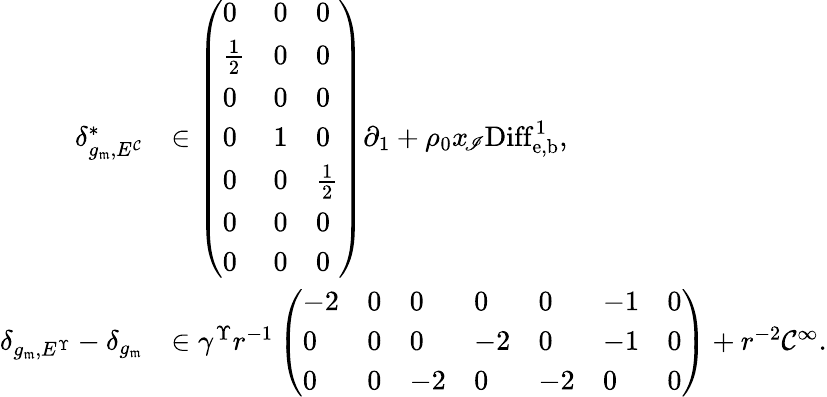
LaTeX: \begin{array}{rl}{\delta_{g_{\mathfrak{m}},E^{\mathcal C}}^{*}}&{\in\left(\begin{array}{lll}{0}&{0}&{0}\\ {{\frac{1}{2}}}&{0}&{0}\\ {0}&{0}&{0}\\ {0}&{1}&{0}\\ {0}&{0}&{{\frac{1}{2}}}\\ {0}&{0}&{0}\\ {0}&{0}&{0}\end{array}\right)\partial_{1}+\rho_{0}x_{\! \mathscr I}\mathrm{Diff}_{\mathrm{e,b}}^{1},}\\ {\delta_{g_{\mathfrak{m}},E^{\Upsilon}}-\delta_{g_{\mathfrak{m}}}}&{\in\gamma^{\Upsilon}r^{-1}\left(\begin{array}{lllllll}{-2}&{0}&{0}&{0}&{0}&{-1}&{0}\\ {0}&{0}&{0}&{-2}&{0}&{-1}&{0}\\ {0}&{0}&{-2}&{0}&{-2}&{0}&{0}\end{array}\right)+r^{-2}\mathcal C^{\infty}.}\end{array}